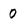
Character: 0